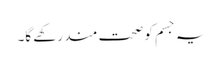
یہ جسم کو صحت مند رکھے گا۔